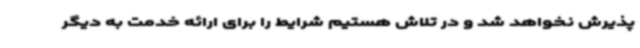
پذیرش نخواهد شد و در تلاش هستیم شرایط را برای ارائه خدمت به دیگر